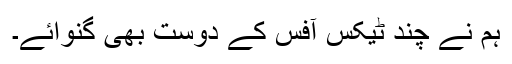
ہم نے چند ٹیکس آفس کے دوست بھی گنوائے۔